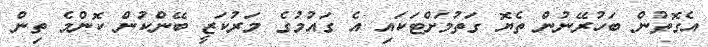
އެގޮތުން ބަހުރޭނުން ތެޔޮ ގަތުމަށްޓަކައި އެ ގައުމުގެ މަރުކަޒީ ބޭންކުން ކޮންމެ ތިން